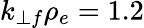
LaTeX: k_{\perp f}\rho_{e}=1.2